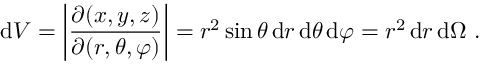
\mathrm { d } V = \left| { \frac { \partial ( x , y , z ) } { \partial ( r , \theta , \varphi ) } } \right| = r ^ { 2 } \sin \theta \, \mathrm { d } r \, \mathrm { d } \theta \, \mathrm { d } \varphi = r ^ { 2 } \, \mathrm { d } r \, \mathrm { d } \Omega ~ .